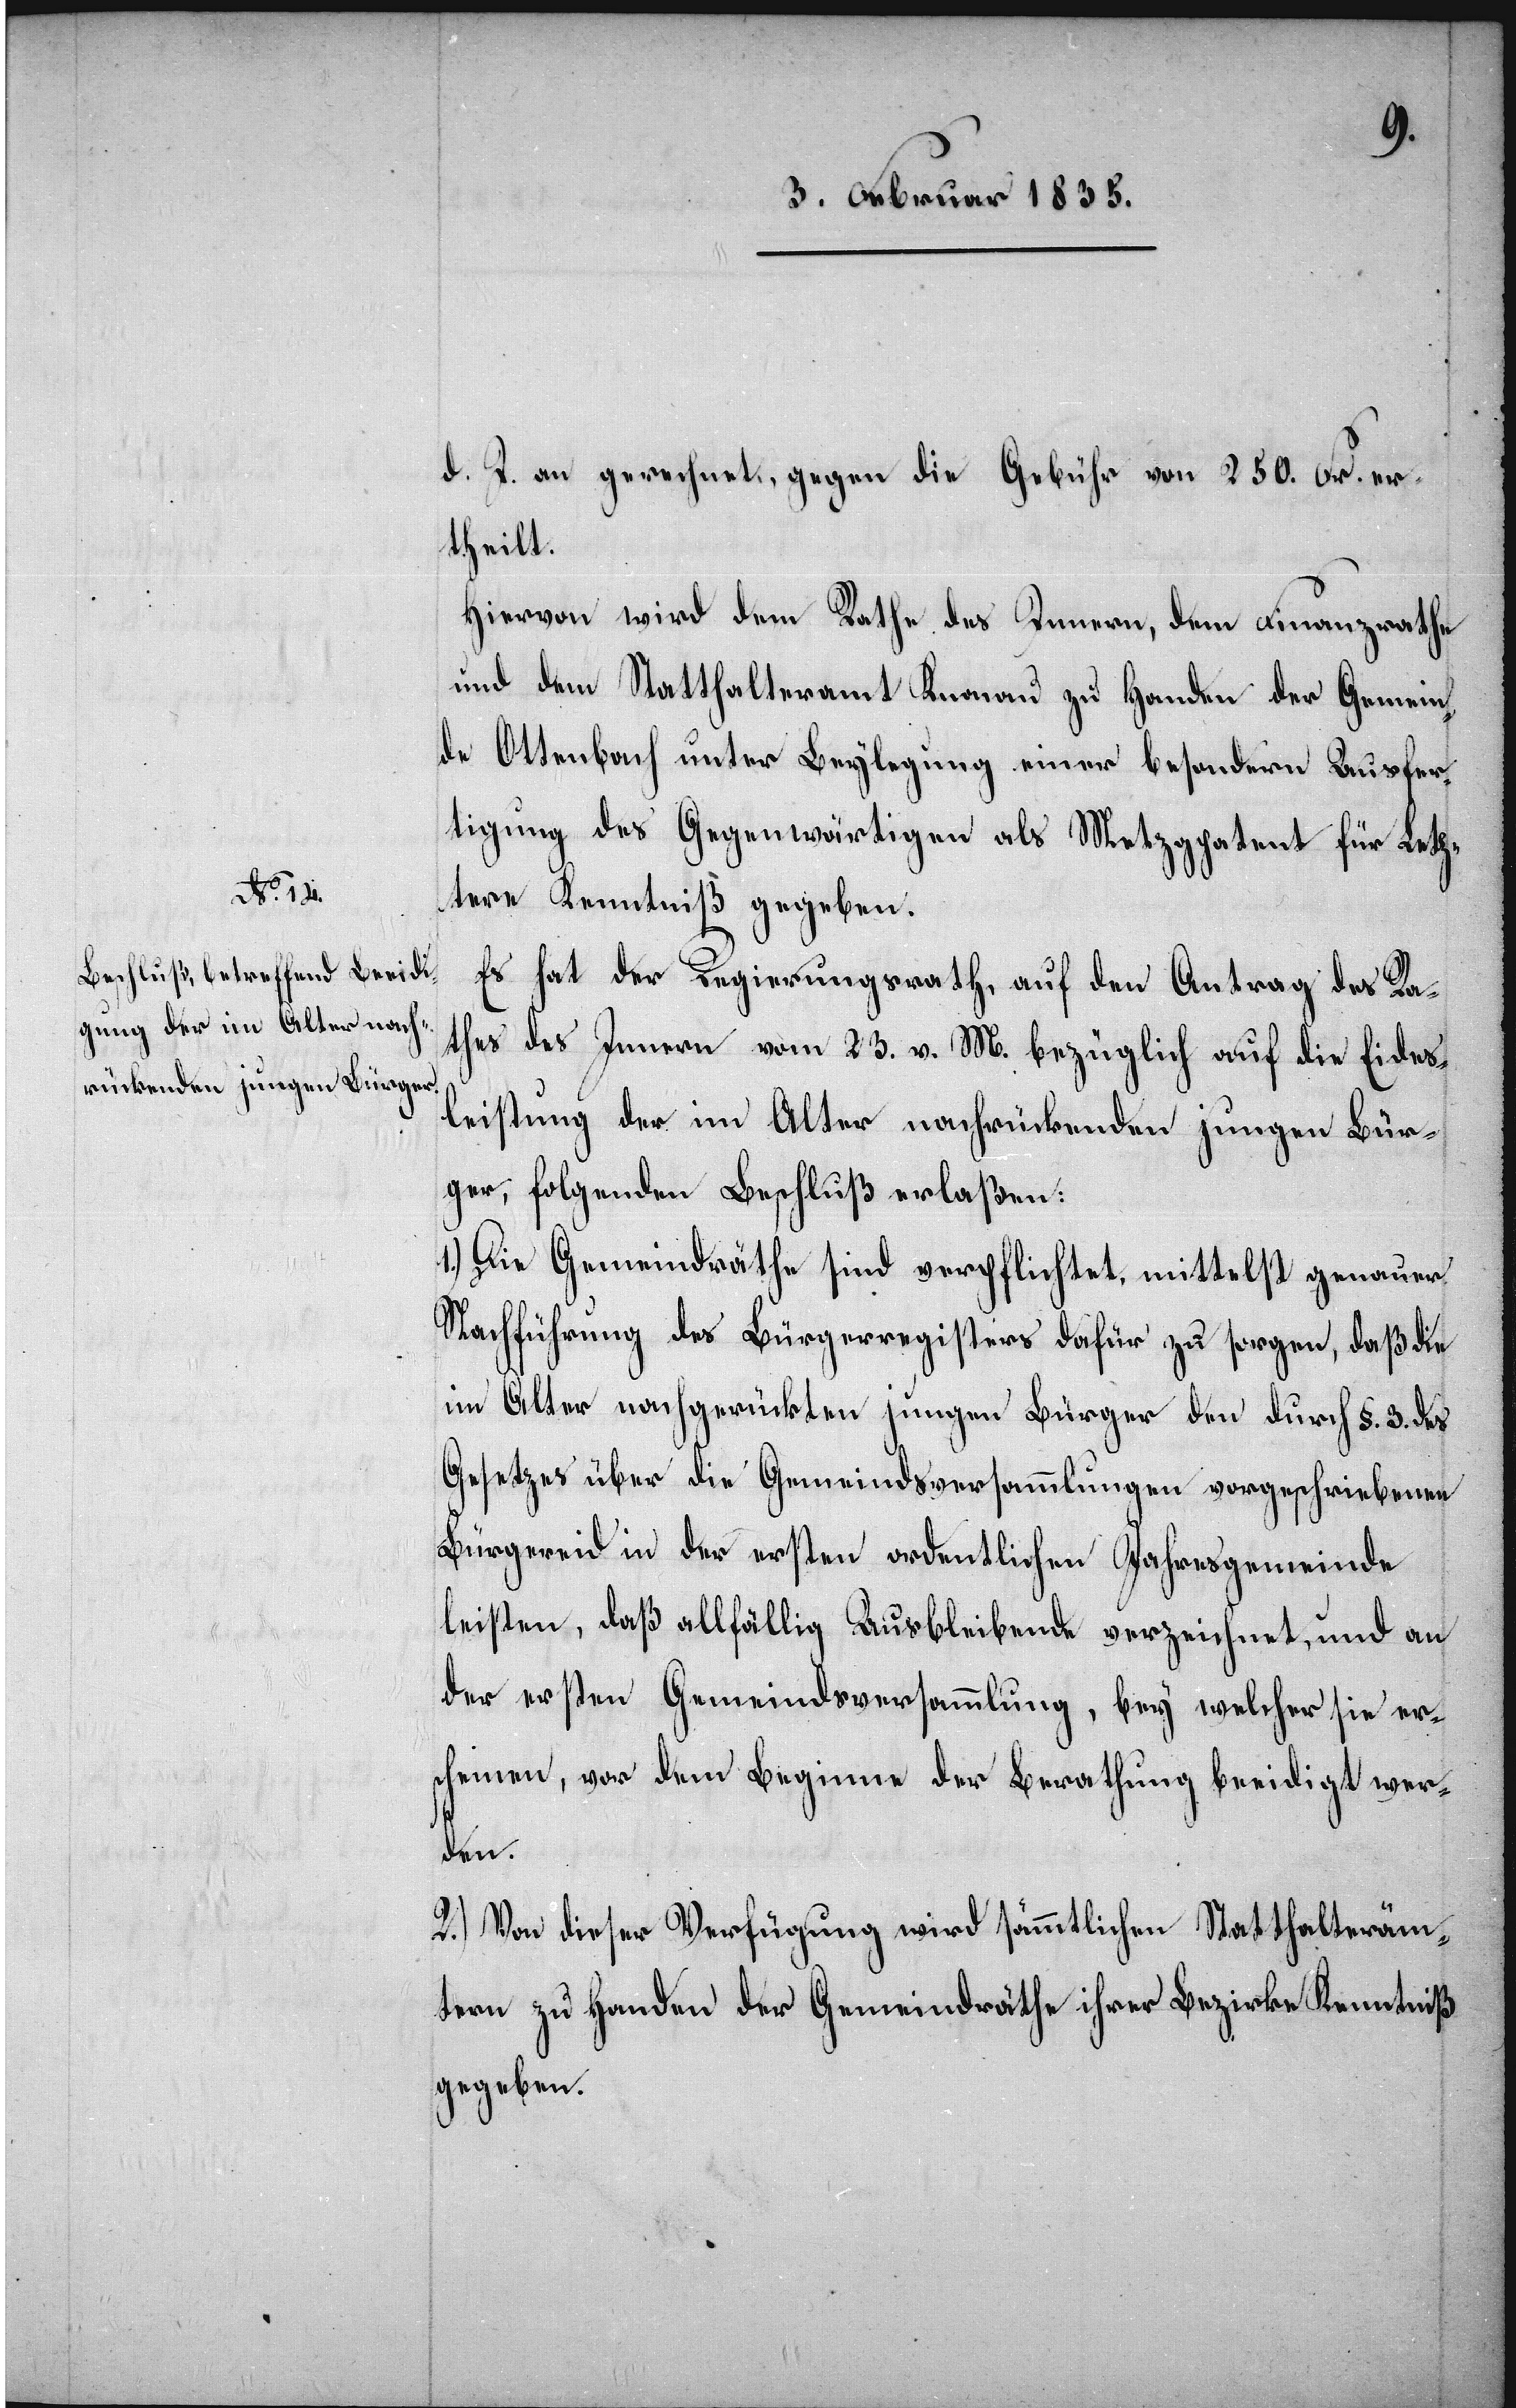
d. J. an gerechnet, gegen die Gebühr von 250. Fr. er¬
theilt.
Hiervon wird dem Rathe des Innern, dem Finanzrathe
und dem Statthalteramt Knonau zu Handen der Gemein¬
de Ottenbach unter Beylegung einer besondern Ausfer¬
tigung des Gegenwärtigen als Metzgpatent für Letz¬
tere Kenntniß gegeben.
Es hat der Regierungsrath, auf den Antrag des Ra¬
thes des Innern vom 23. v. M. bezüglich auf die Eides¬
leistung der im Alter nachrückenden jungen Bür¬
ger, folgenden Beschluß erlaßen:
1.) Die Gemeindräthe sind verpflichtet, mittelst genauer
Nachführung des Bürgerregisters dafür zu sorgen, daß die
im Alter nachgerückten jungen Bürger den durch §. 3. des
Gesetzes über die Gemeindsversammlungen vorgeschriebenen
Bürgereid in der ersten ordentlichen Jahresgemeinde
leisten, daß allfällig Ausbleibende verzeichnet, und an
der ersten Gemeindsversammlung, bey welcher sie er¬
scheinen, vor dem Beginne der Berathung beeidigt wer¬
den.
2.) Von dieser Verfügung wird sämmtlichen Statthalteräm¬
tern zu Handen der Gemeindräthe ihrer Bezirke Kenntniß
gegeben.